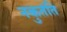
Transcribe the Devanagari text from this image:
नकुतंति